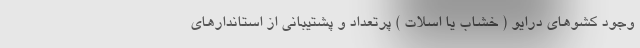
وجود کشوهای درایو ( خشاب یا اسلات ) پرتعداد و پشتیبانی از استاندارهای